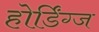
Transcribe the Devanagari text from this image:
होर्डिंग्ज